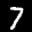
Label: 7